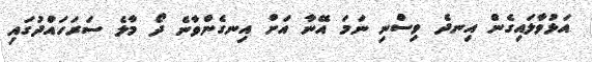
އަޅުވާލައިގެން އިނދެ ވިސްނި ނަމަ އޭނާ އަށް އިނގެންވާނެ ދޯ މާލެ ސަރަހައްދުގައި